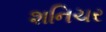
શનિચર